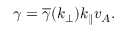
\gamma = \overline { { \gamma } } ( k _ { \perp } ) k _ { \parallel } v _ { A } .